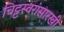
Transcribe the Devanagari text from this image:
चिट्टस्वरांसारखी